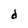
Character: d